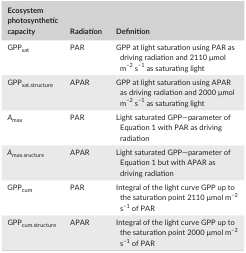
<table><thead><tr><td><b>Ecosystem photosynthetic capacity</b></td><td><b>Radiation</b></td><td><b>Definition</b></td></tr></thead><tbody><tr><td>GPP<sub>sat</sub></td><td>PAR</td><td>GPP at light saturation using PAR as driving radiation and 2110 μmol m<sup>−2</sup> s<sup>−1</sup> as saturating light</td></tr><tr><td>GPP<sub>sat.structure</sub></td><td>APAR</td><td>GPP at light saturation using APAR as driving radiation and 2000 μmol m<sup>−2</sup> s<sup>−1</sup> as saturating light</td></tr><tr><td><i>A</i><sub>max</sub></td><td>PAR</td><td>Light saturated GPP—parameter of Equation (1) with PAR as driving radiation</td></tr><tr><td><i>A</i><sub>max.sructure</sub></td><td>APAR</td><td>Light saturated GPP—parameter of Equation (1) but with APAR as driving radiation</td></tr><tr><td>GPP<sub>cum</sub></td><td>PAR</td><td>Integral of the light curve GPP up to the saturation point 2110 μmol m<sup>−2</sup> s<sup>−1</sup> of PAR</td></tr><tr><td>GPP<sub>cum.structure</sub></td><td>APAR</td><td>Integral of the light curve GPP up to the saturation point 2000 μmol m<sup>−2</sup> s<sup>−1</sup> of PAR</td></tr></tbody></table>